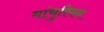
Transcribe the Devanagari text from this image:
मांचुरियन